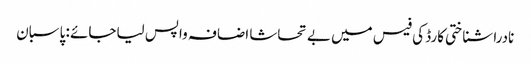
نادرا شناختی کارڈ کی فیس میں بے تحاشا اضافہ واپس لیاجائے : پاسبان